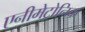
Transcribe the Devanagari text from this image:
एनीमेट्रोनिक